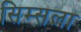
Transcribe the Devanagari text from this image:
सिम्सला